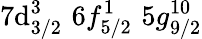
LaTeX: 7\mathrm{d}_{3/2}^{3}\, \, 6f_{5/2}^{1}\, \, 5g_{9/2}^{10}